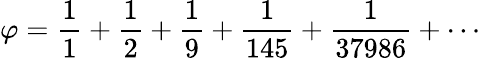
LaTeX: \varphi={\frac{1}{1}}+{\frac{1}{2}}+{\frac{1}{9}}+{\frac{1}{145}}+{\frac{1}{37986}}+\cdots